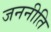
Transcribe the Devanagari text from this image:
जननीति